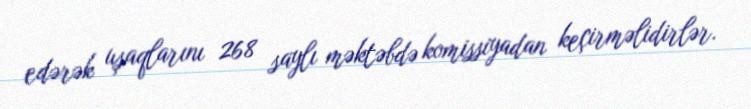
edərək uşaqlarını 268 saylı məktəbdə komissiyadan keçirməlidirlər.